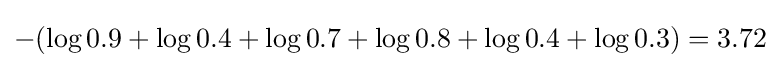
-(\log 0.9+\log 0.4+\log 0.7+\log 0.8+\log 0.4+\log 0.3)=3.72